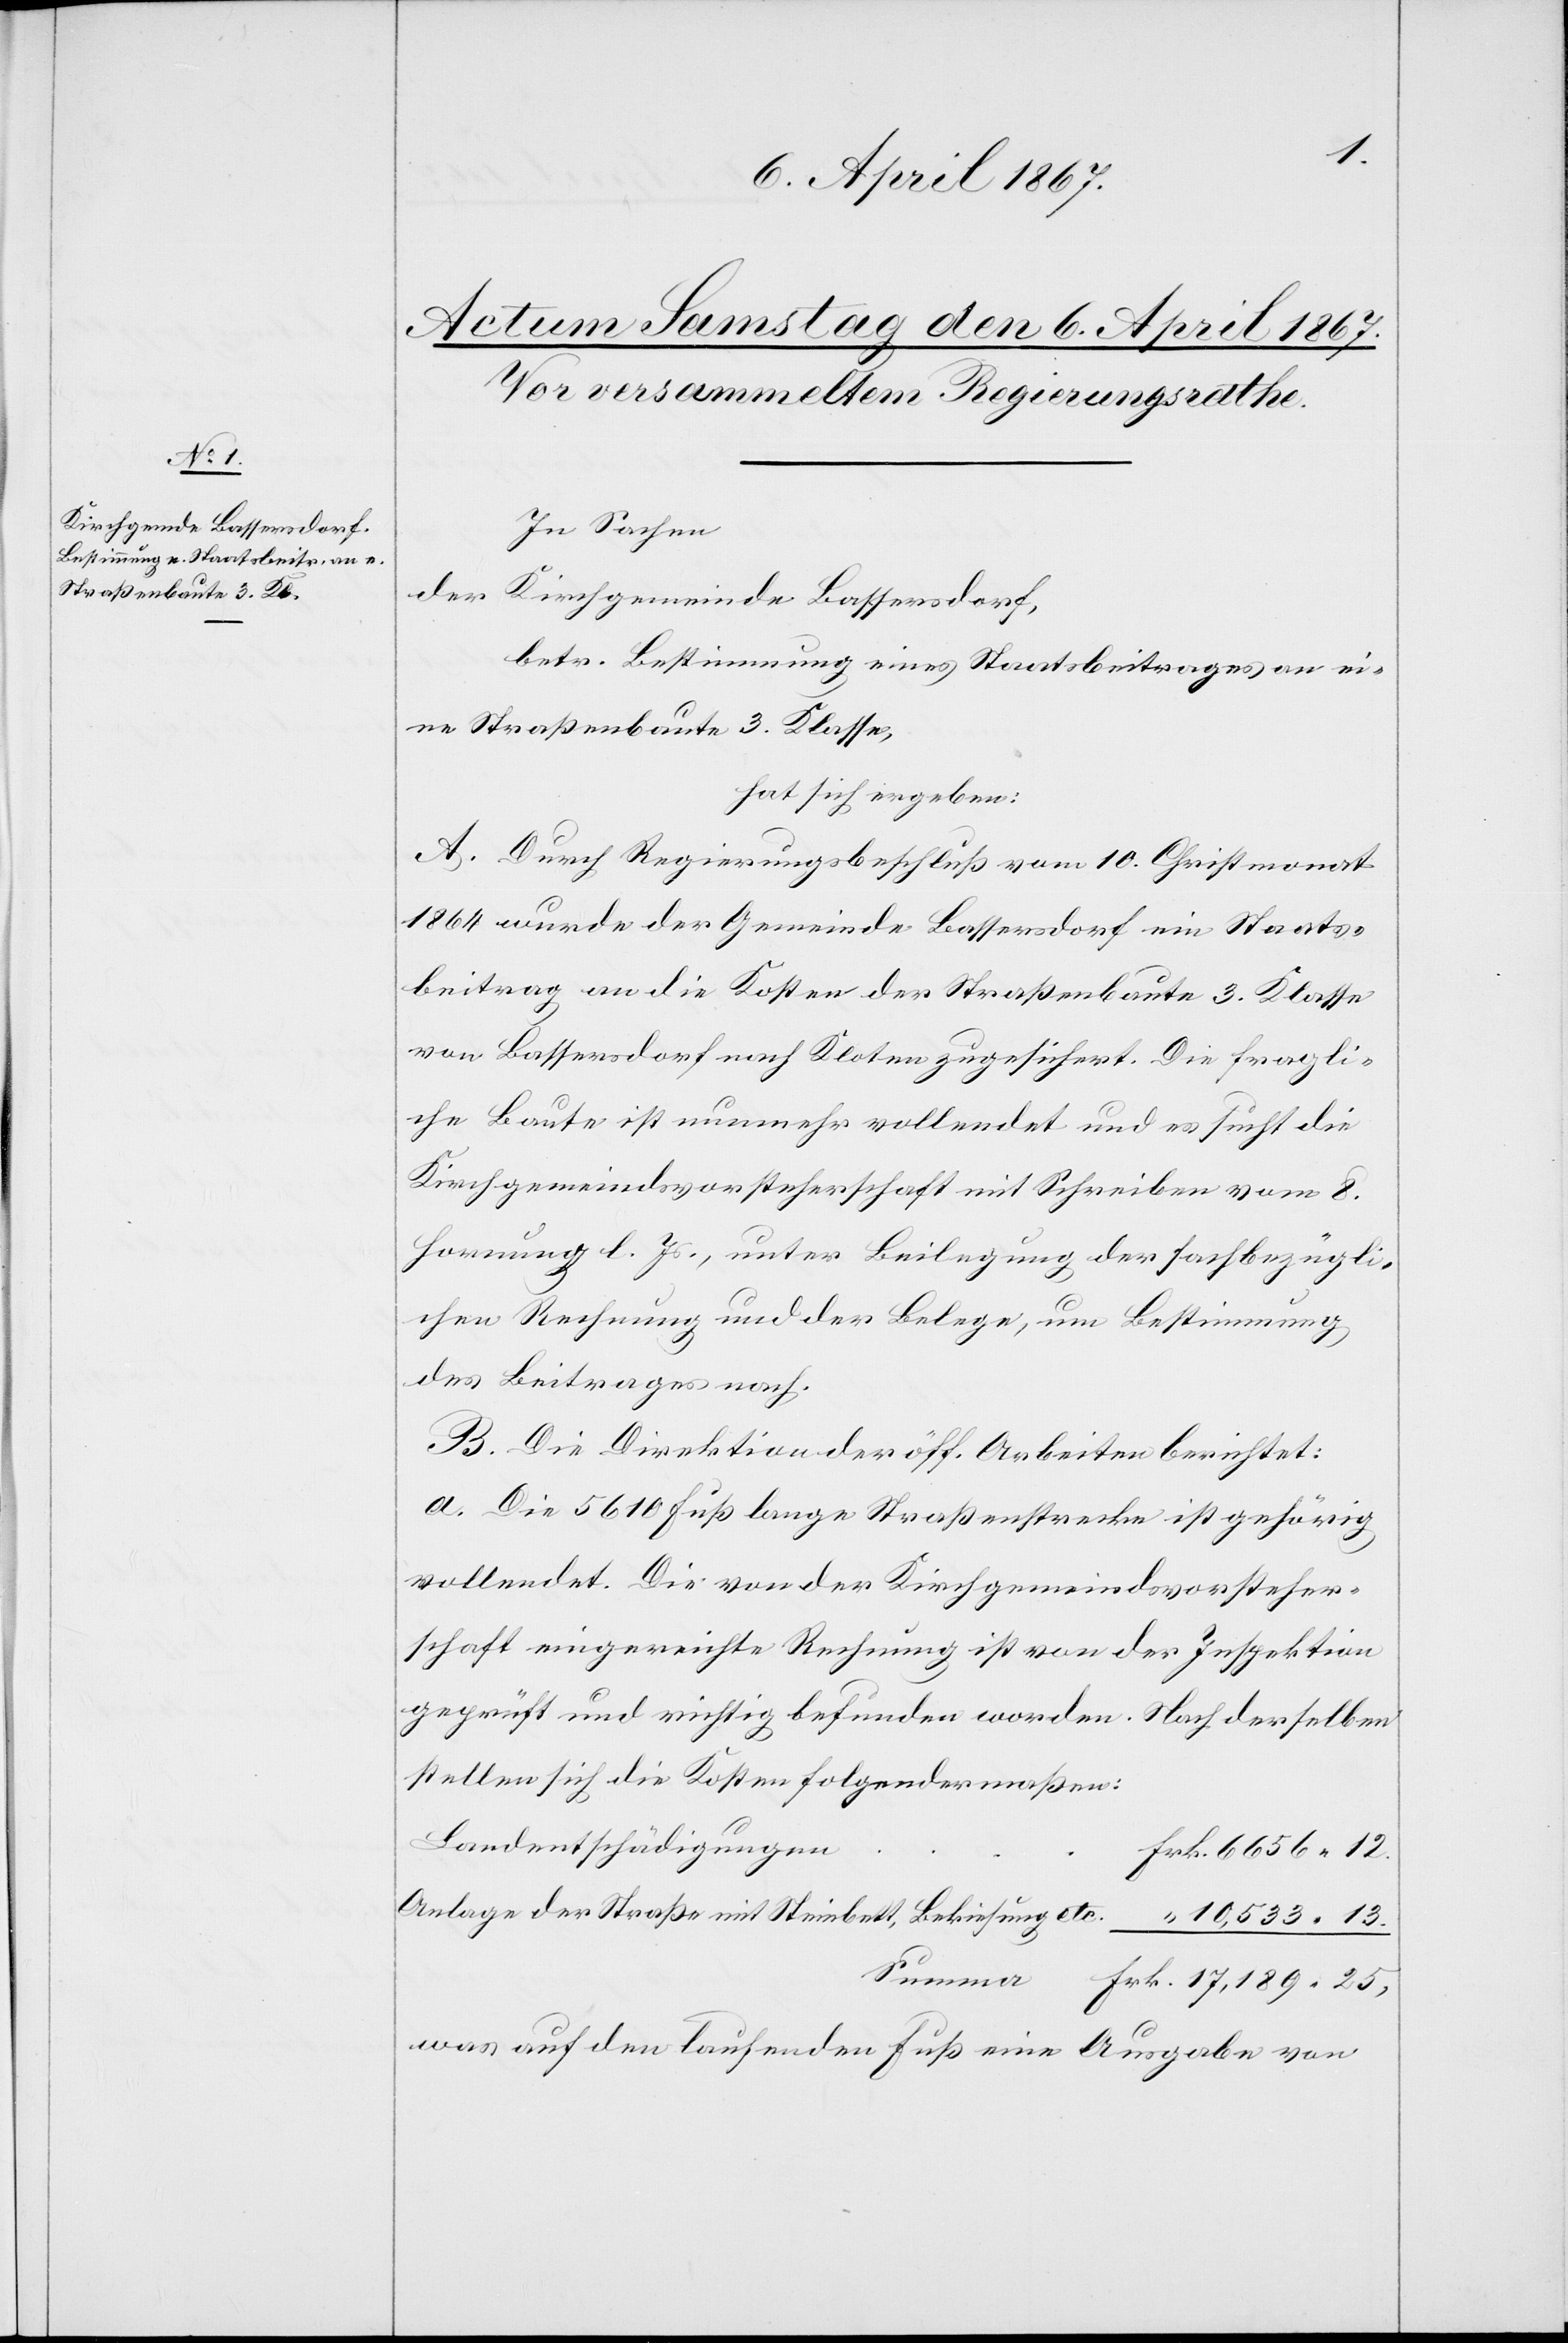
In Sachen
der
Kirchgemeinde Bassersdorf,
betr. Bestimmung eines Staatsbeitrages an ei¬
ne Straßenbaute 3. Klasse,
hat sich ergeben:
A. Durch Regierungsbeschluß vom 10. Christmonat
1864 wurde der Gemeinde Bassersdorf ein Staats¬
beitrag an die Kosten der Straßenbaute 3. Klasse
von Bassersdorf nach Kloten zugesichert. Die fragli¬
che Baute ist nunmehr vollendet und es sucht die
Kirchgemeindsvorsteherschaft mit Schreiben vom 8.
Hornung d. Js., unter Beilegung der sachbezügli¬
chen Rechnung und der Belege, um Bestimmung
des Beitrages nach.
B. Die Direktion der öff. Arbeiten berichtet:
a. Die 5610 Fuß lange Straßenstrecke ist gehörig
vollendet. Die von der Kirchgemeindsvorsteher¬
schaft eingereichte Rechnung ist von der Inspektion
geprüft und richtig befunden worden. Nach derselben
stellen sich die Kosten folgendermaßen:
Landentschädigungen
Anlage der Straße mit Steinbett, Bekiesung etc.				 “	10,533,13.
was auf den laufenden Fuß eine Ausgabe von